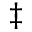
\ddagger